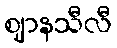
ဈာနသီလီ